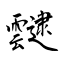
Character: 靆